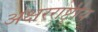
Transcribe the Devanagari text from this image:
अक्षरराष्ट्रीय